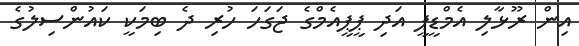
އިން ރޫޅާލި އެމްޑީޕީ އަދި ޕީޕީއެމްގެ ޖަގަހަ ހުރި ދެ ބިމަކީ ކައުންސިލުގެ